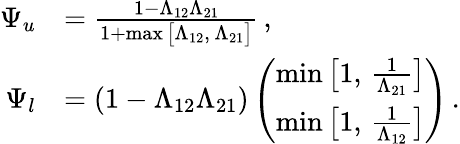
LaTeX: \begin{array}{rl}{\Psi_{u}}&{=\frac{1-\Lambda_{12}\Lambda_{21}}{1+\operatorname*{max}\big[\Lambda_{12},\, \Lambda_{21}\big]}\, ,}\\ {\Psi_{l}}&{=(1-\Lambda_{12}\Lambda_{21})\left(\begin{array}{l}{\operatorname*{min}\big[1,\, \frac{1}{\Lambda_{21}}\big]}\\ {\operatorname*{min}\big[1,\, \frac{1}{\Lambda_{12}}\big]}\end{array}\right)\, .}\end{array}